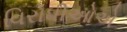
વિરોધીઓએ